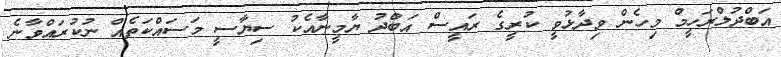
އަބްދުލްރަހީމް މިހެން ވިދާޅުވީ ކުރީގެ ރައީސް އަބްދު ޔާމީނާއެކު ސިޔާސީ މަސައްކަތެއް ނުކުރައްވާނެ